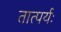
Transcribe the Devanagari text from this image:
तात्पर्यः